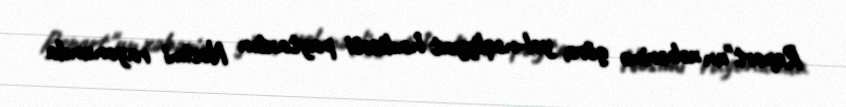
Report"un xəbərinə görə, yol-nəqliyyat hadisəsi paytaxtın Nəsimi rayonunda